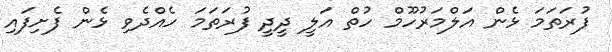
ފުރަތަމަ ޅެން އަލްމަރުހޫމް ހުތް އަލީ ދީދީ ފުރަތަމަ ހެއްދެވި ޅެން ފެށިފައި